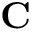
\mathbf { C }